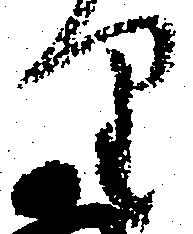
り